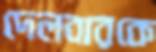
দেলবারকে